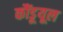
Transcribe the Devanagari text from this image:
कौंडूयूल